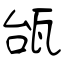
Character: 瓵